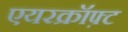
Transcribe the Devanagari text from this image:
एयरक्रॉफ़्ट